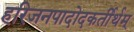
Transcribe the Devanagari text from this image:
हरिजनपादोदकर्तीर्थम्‌